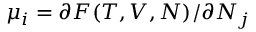
\mu _ { i } = \partial F ( T , V , N ) / \partial N _ { j }